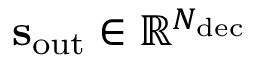
\mathbf { s } _ { \mathrm { o u t } } \in \mathbb { R } ^ { N _ { \mathrm { d e c } } }